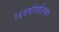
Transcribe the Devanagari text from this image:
१६वर्षापर्यंतच्या